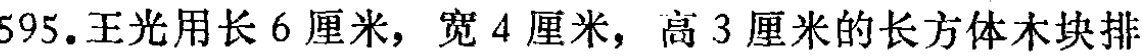
595. 王光用长 6 厘米，宽 4 厘米，高 3 厘米的长方体木块排